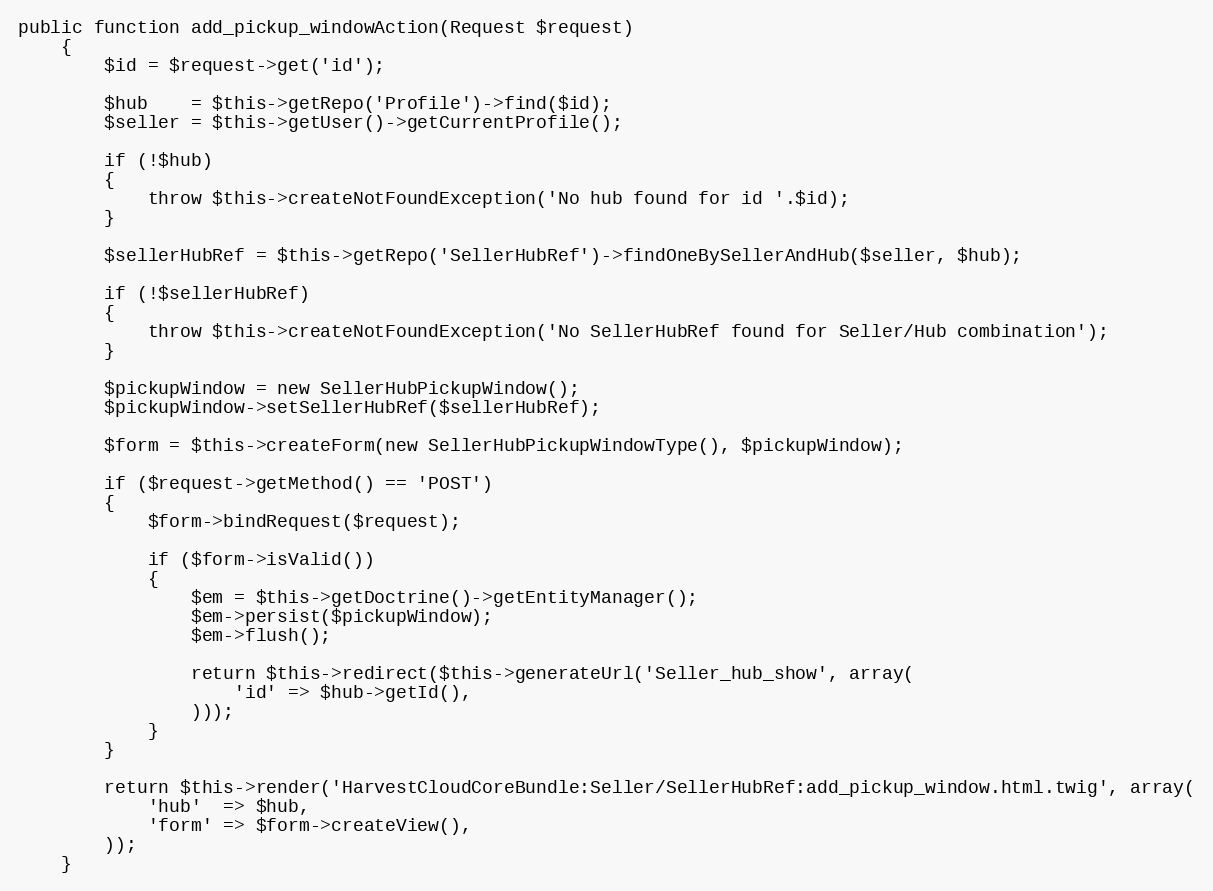
Language: PHP
public function add_pickup_windowAction(Request $request)
    {
        $id = $request->get('id');

        $hub    = $this->getRepo('Profile')->find($id);
        $seller = $this->getUser()->getCurrentProfile();

        if (!$hub)
        {
            throw $this->createNotFoundException('No hub found for id '.$id);
        }

        $sellerHubRef = $this->getRepo('SellerHubRef')->findOneBySellerAndHub($seller, $hub);

        if (!$sellerHubRef)
        {
            throw $this->createNotFoundException('No SellerHubRef found for Seller/Hub combination');
        }

        $pickupWindow = new SellerHubPickupWindow();
        $pickupWindow->setSellerHubRef($sellerHubRef);

        $form = $this->createForm(new SellerHubPickupWindowType(), $pickupWindow);

        if ($request->getMethod() == 'POST')
        {
            $form->bindRequest($request);

            if ($form->isValid())
            {
                $em = $this->getDoctrine()->getEntityManager();
                $em->persist($pickupWindow);
                $em->flush();

                return $this->redirect($this->generateUrl('Seller_hub_show', array(
                    'id' => $hub->getId(),
                )));
            }
        }

        return $this->render('HarvestCloudCoreBundle:Seller/SellerHubRef:add_pickup_window.html.twig', array(
            'hub'  => $hub,
            'form' => $form->createView(),
        ));
    }